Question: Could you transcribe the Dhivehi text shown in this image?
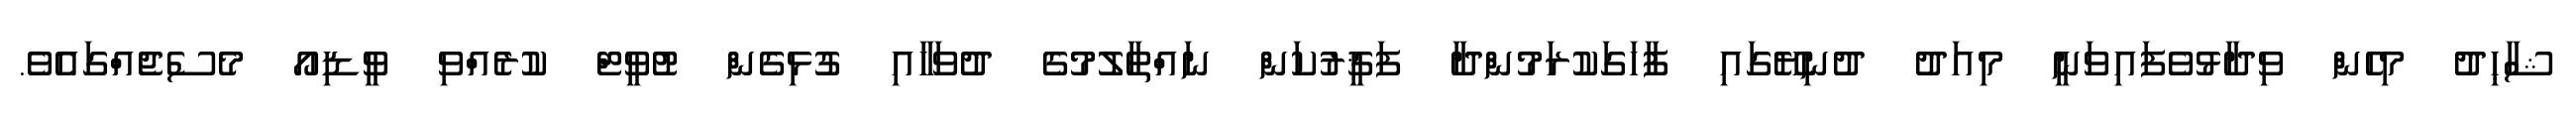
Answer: ޝާޙިދު މިހެން ވިދާޅުވެފައިވަނީ މިއަދު ދުނިޔޭގައި ފާހަގަކުރަމުންދާ ފަޤީރުކަން ނައްތާލުމުގެ ދުވަހާއި ގުޅިގެން ޓުވީޓް ކުރެއްވި ވީޑިއޯ މެސެޖެއްގައެވެ.